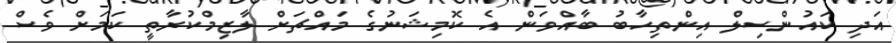
އަދި ކައުންސިލް އިންތިހާބު ބާއްވަން އެ ކޮމިޝަނުގެ މައްޗަށް ލާޒިމްކުރާތީ ކަމަށް ވެސް